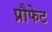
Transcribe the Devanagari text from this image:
प्रौफेट